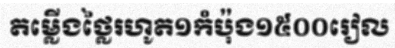
តម្លើងថ្លៃរហូត១កំប៉ុង១៥០០រៀល